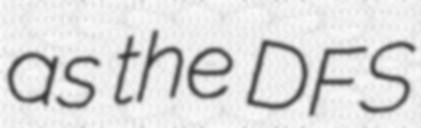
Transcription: as the DFS